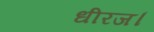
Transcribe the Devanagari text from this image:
धीरज।